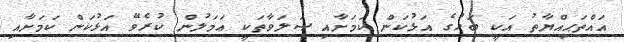
އައްތަޙިއްޔާތު އަކީ ބަހުގެ އަޅުކަން ކަމަށާއި ޞަލަވާތަކީ ޢަމަލުން ކުރެވޭ އަޅުކަން ކަމަށާއި